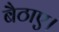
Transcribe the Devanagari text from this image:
बैठाए।